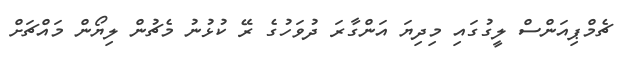
ޗެމްޕިއަންސް ލީގުގައި މިދިޔަ އަންގާރަ ދުވަހުގެ ރޭ ކުޅުނު މެޗުން ލިޔޯން މައްޗަށް